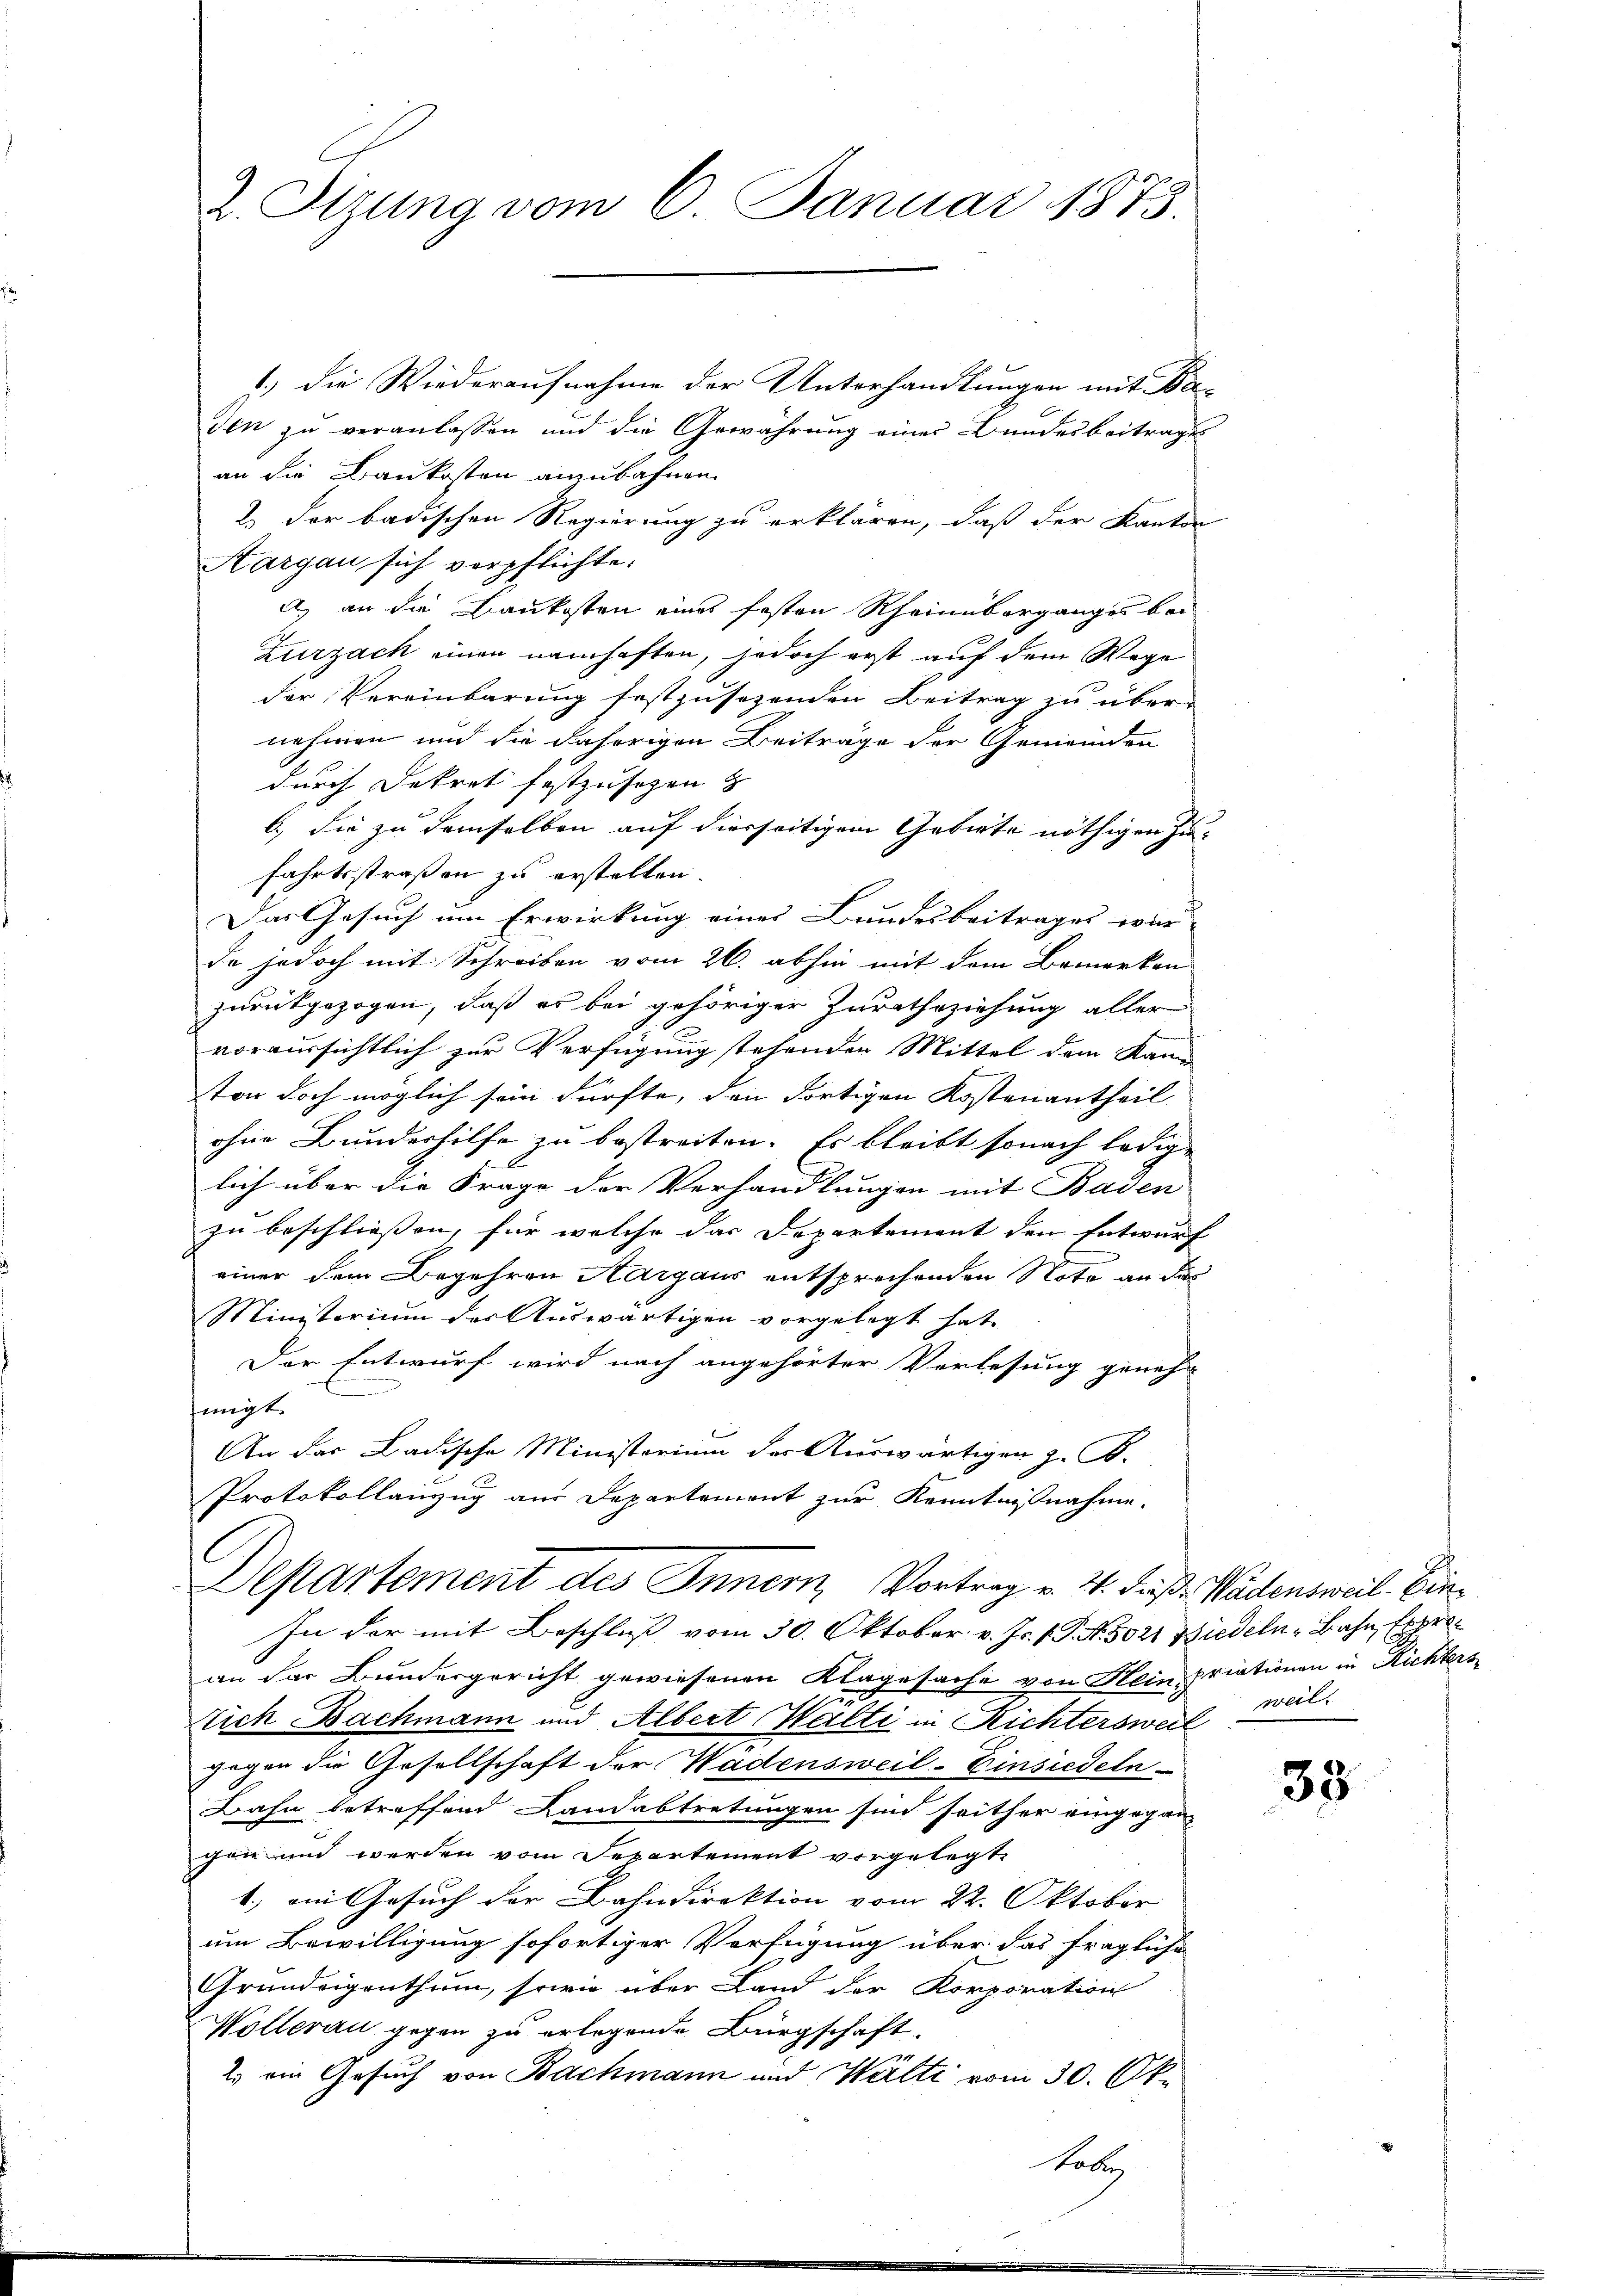
2. Sizung vom 6. Januar 1873.

1.) Die Wiederaufnahme der Unterhandlungen mit Be-
den zu veranlassen und die Gewährung einer Bundesbeitrages
an die Baukosten anzubahnen.
2.) Der badischen Regierung zu erklären, daß der Kanton
Aargau sich verpflichte.
a) an die Baukosten eines festen Rheinüberganges bei
Zurzack einen namhaften, jedoch erst auf dem Wege
der Vereinbarung festzusehenden Beitrag zu über-
nehmen und die daherigen Beiträge der Gemeinden
durch Dekret festzusehen
b.) die zu demselben auf diesseitigem Gebiete nöthigen Zufahrtsstraßen zu erstelten.
Das Gesuch um Erwirkung eines Bundesbeitrages wie
da jedoch mit Schreiben vom 26. abhin mit dem Bemerken
zurückgezogen, daß es bei gehöriger Zurathsziehung aller
voraussichtlich zur Verfügung stehenden Mittel dem Kan
ton doch möglich sein dürfte, den dortigen Kostenantheil
ohne Bundeshilfe zu bestreiten. Es bleibt sonach ledige
lich über die Frage der Verhandlungen mit Baden
zu beschließen, für welche das Departement den Entwurf
einer dem Begehren Aargaus entsprechenden Note an das
Ministerium der Auswärtigen vorgelegt hat.
Der Entwurf wird nach angehörter Vorlesung geneh-
migt.
An das Badische Ministerium der Auswärtigen z. B.
Protokollanzug aus Departement zur Kenntnißnahme.
Departement des Innern, Vortrag v. 2. Fuß. Wädensweil. Ein¬
In der mit Beschluß vom 30. Oktober v. Js. f. P. Nr. 3021 Biedeln - Bahn, Erbrean der Bundergericht gewiesenen Klagesache von Hein priationen in Richters
tich Bachmann und Albert Walti in Richtersweil, weil
gegen die Gesellschaft der Wädensweil–Einsiedeln
Bahn betreffend Landabtretungen sind seither eingegangen und werden vom Departement vorgelegte
1.) ein Gesuch der Bahndirektion vom 22. Oktober
um Bewilligung sofortiger Verfügung über das fragliche
Grundeigenthum, sowie über Land der Korporation
Wollerau gegen zu erlegende Bürgschaft.
2.) ein Gesuch von Bachmann und Wälti vom 30. Ok¬

obe

38